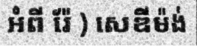
អំពី រ៉ែ ) សេឌីម៉ង់